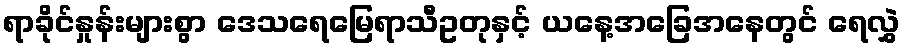
ရာခိုင်နှုန်းများစွာ ဒေသရေမြေရာသီဥတုနှင့် ယနေ့အခြေအနေတွင် ရေလွှဲ